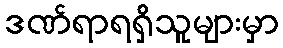
ဒဏ်ရာရရှိသူများမှာ